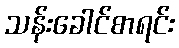
သန်းခေါင်စာရင်း